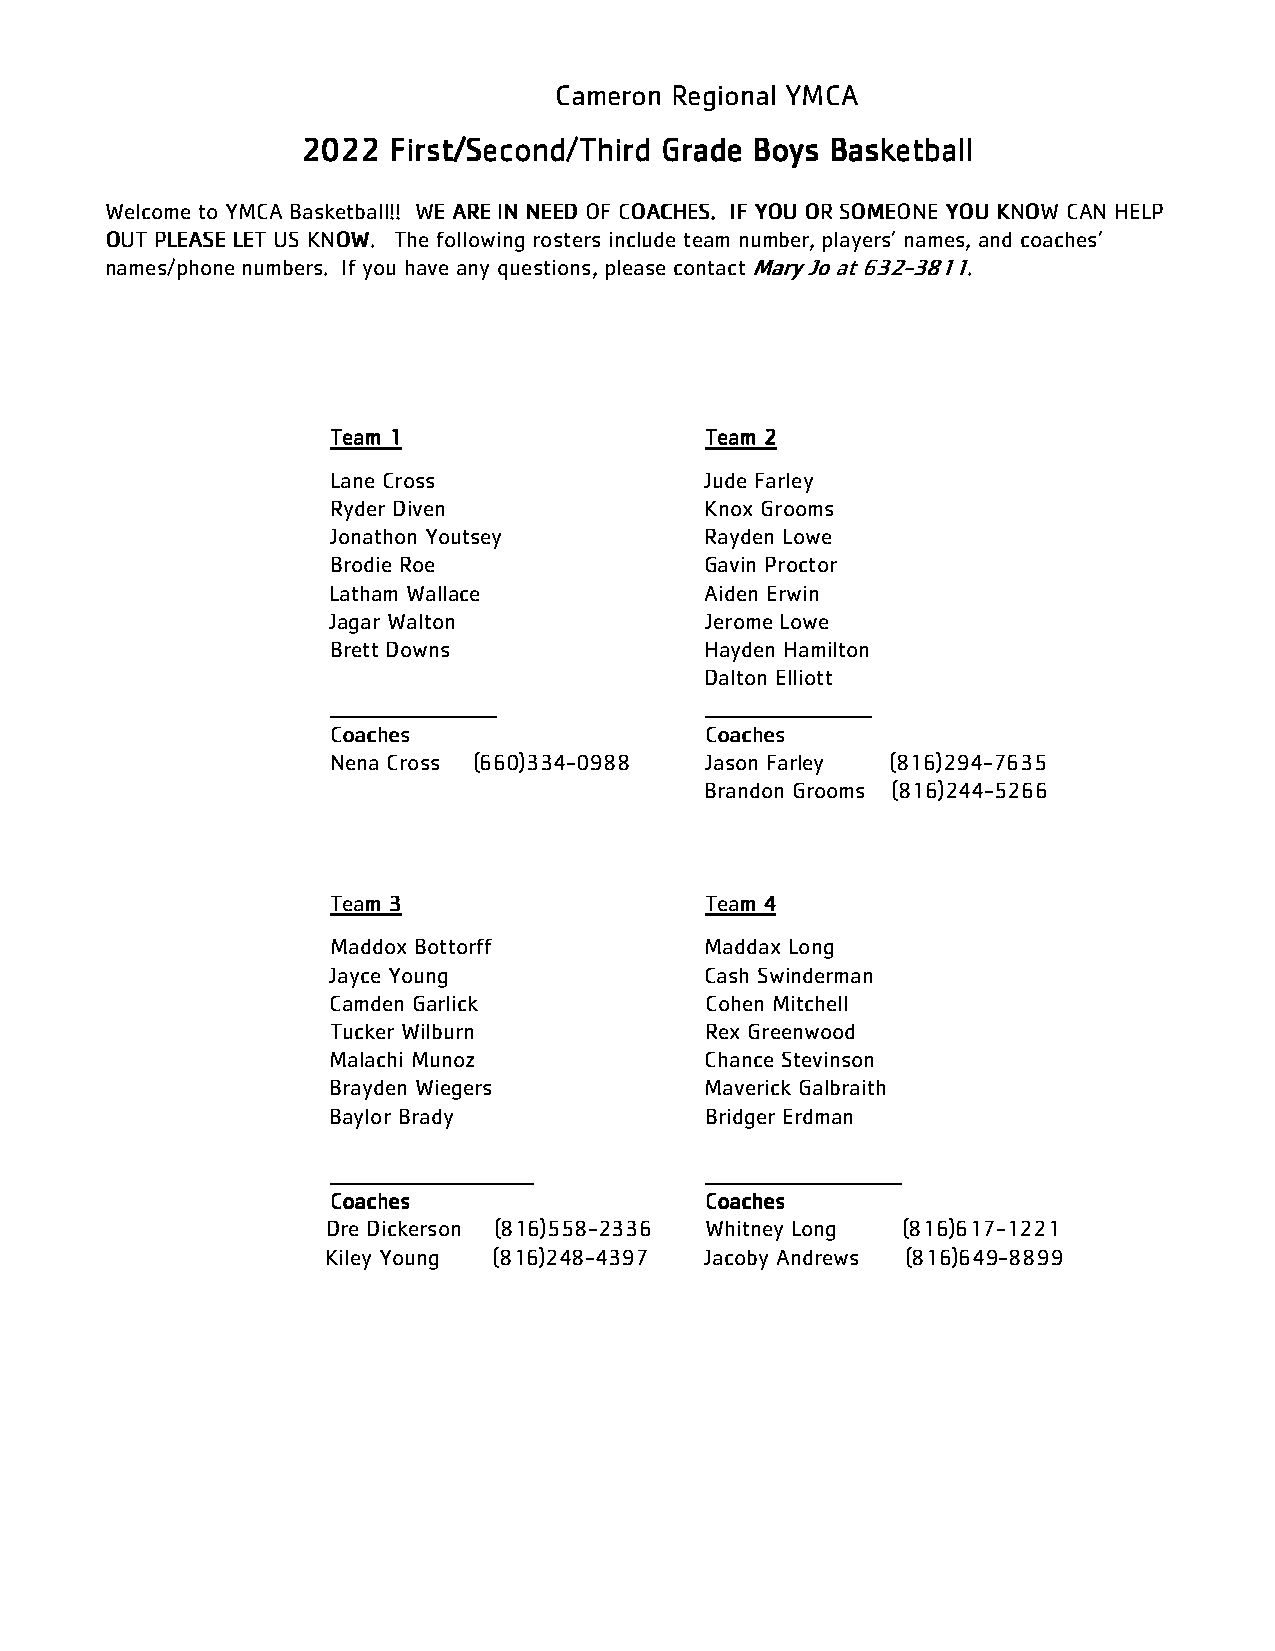
Cameron Regional YMCA
 2222000022222222 FFFFiiiirrrrsssstttt////SSSSeeeeccccoooonnnndddd////TTTThhhhiiiirrrrdddd GGGGrrrraaaaddddeeee BBBBooooyyyyssss BBBBaaaasssskkkkeeeettttbbbbaaaallllllll
 Welcome to YMCA Basketball!! WWWWEEEE AAAARRRREEEE IIIINNNN NNNNEEEEEEEEDDDD OOOOFFFF CCCCOOOOAAAACCCCHHHHEEEESSSS.... IIIIFFFF YYYYOOOOUUUU OOOORRRR SSSSOOOOMMMMEEEEOOOONNNNEEEE YYYYOOOOUUUU KKKKNNNNOOOOWWWW CCCCAAAANNNN HHHHEEEELLLLPPPP
 OOOOUUUUTTTT PPPPLLLLEEEEAAAASSSSEEEE LLLLEEEETTTT UUUUSSSS KKKKNNNNOOOOWWWW. The following rosters include team number, players’ names, and coaches’
 names/phone numbers. If you have any questions, please contact MMMMaaaarrrryyyy JJJJoooo aaaatttt 666633332222----3333888811111111.
 TTTTeeeeaaaammmm 1111    TTTTeeeeaaaammmm 2222
 Lane Cross               Jude Farley
 Ryder Diven              Knox Grooms
 Jonathon Youtsey         Rayden Lowe
 Brodie Roe               Gavin Proctor
 Latham Wallace           Aiden Erwin
 Jagar Walton             Jerome Lowe
 Brett Downs              Hayden Hamilton
 Dalton Elliott
 ______________________   ______________________
 CCCCooooaaaacccchhhheeeessss CCCCooooaaaacccchhhheeeessss
 Nena Cross (660)334-0988 Jason Farley (816)294-7635
 Brandon Grooms (816)244-5266
 TTTTeeeeaaaammmm 3333    TTTTeeeeaaaammmm 4444
 Maddox Bottorff          Maddax Long
 Jayce Young              Cash Swinderman
 Camden Garlick           Cohen Mitchell
 Tucker Wilburn           Rex Greenwood
 Malachi Munoz            Chance Stevinson
 Brayden Wiegers          Maverick Galbraith
 Baylor Brady             Bridger Erdman
 ___________________________ __________________________
 CCCCooooaaaacccchhhheeeessss CCCCooooaaaacccchhhheeeessss
 Dre Dickerson (816)558-2336 Whitney Long (816)617-1221
 Kiley Young (816)248-4397 Jacoby Andrews (816)649-8899